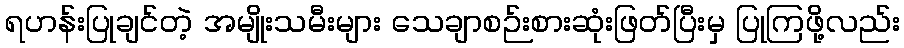
ရဟန်းပြုချင်တဲ့ အမျိုးသမီးများ သေချာစဉ်းစားဆုံးဖြတ်ပြီးမှ ပြုကြဖို့လည်း